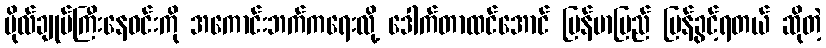
ဗိုလ်ချုပ်ကြီးနေဝင်းကို အကောင်းဘက်ကရေးလို့ ဒေါက်တာထင်အောင် မြန်မာပြည် ပြန်ခွင့်ရတယ် ဆိုတဲ့